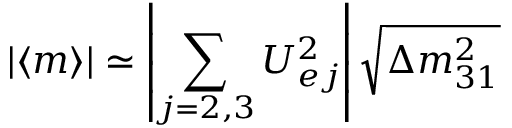
| \langle m \rangle | \simeq \left| \sum _ { j = 2 , 3 } U _ { e j } ^ { 2 } \right| \sqrt { \Delta m _ { 3 1 } ^ { 2 } }